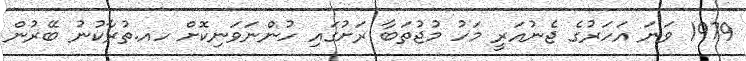
1979 ވަނަ އަހަރުގެ ޖެނުއަރީ މަހު މުޖުތަބާ ރަށުގައި ހުންނަވަނިކޮށް ހއ.ތުރާކުނު ބޭރުން